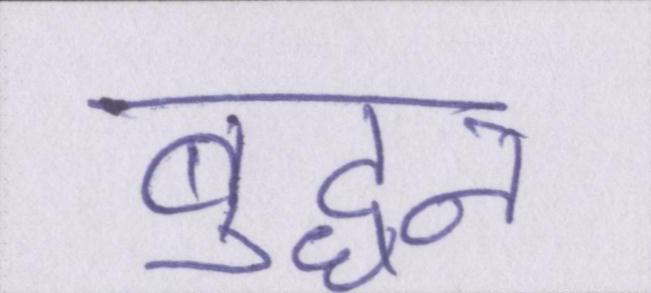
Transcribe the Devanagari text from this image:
बुद्धन